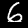
Digit: 6